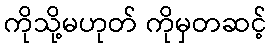
ကိုသို့မဟုတ် ကိုမှတဆင့်